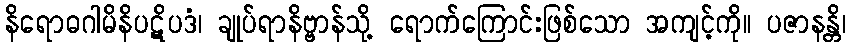
နိရောဓဂါမိနိပဋိပဒံ၊ ချုပ်ရာနိဗ္ဗာန်သို့ ရောက်ကြောင်းဖြစ်သော အကျင့်ကို။ ပဇာနန္တိ၊